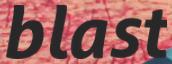
blast